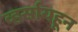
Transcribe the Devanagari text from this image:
व्हर्सायहून